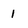
Character: 1